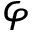
\varphi